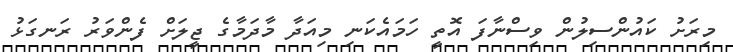
މިރަށު ކައުންސިލުން ވިސްނާފަ އޮތީ ހަމައެކަނި މިއަދާ މާދަމާގެ ޖީލަށް ފެންވަރު ރަނގަޅު